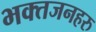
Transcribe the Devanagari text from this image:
भक्तजनहरु